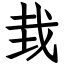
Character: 㘽